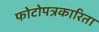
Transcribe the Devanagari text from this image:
फोटोपत्रकारिता